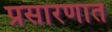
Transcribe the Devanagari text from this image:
प्रसारणात